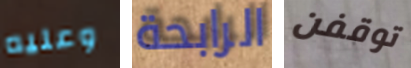
وعليه الرابحة توقفن